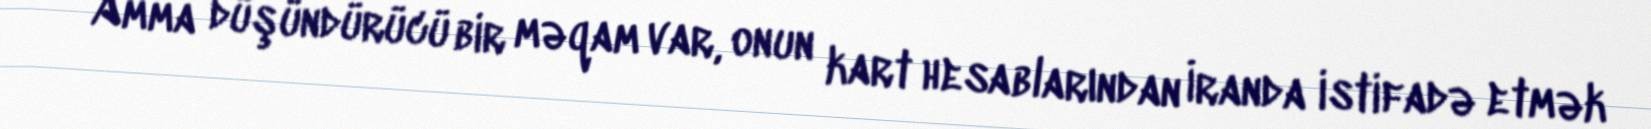
Amma düşündürücü bir məqam var, onun kart hesablarından İranda istifadə etmək